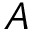
A